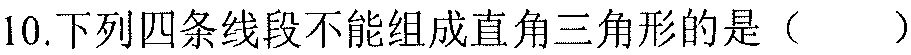
10.下列四条线段不能组成直角三角形的是（  ）